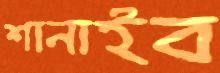
শানাইব